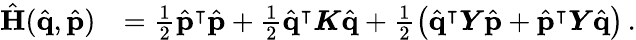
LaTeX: \begin{array}{rl}{\hat{\mathbf{H}}(\hat{\mathbf{q}},\hat{\mathbf{p}})}&{=\frac{1}{2}\hat{\mathbf{p}}^{\intercal}\hat{\mathbf{p}}+\frac{1}{2}\hat{\mathbf{q}}^{\intercal}\boldsymbol{K}\hat{\mathbf{q}}+\frac{1}{2}\left(\hat{\mathbf{q}}^{\intercal}\boldsymbol{Y}\hat{\mathbf{p}}+\hat{\mathbf{p}}^{\intercal}\boldsymbol{Y}\hat{\mathbf{q}}\right)\, .}\end{array}